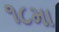
૧૮મા